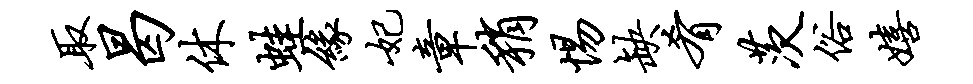
取曷休蛙缘妃章稍惕缺肴茨俗嬉